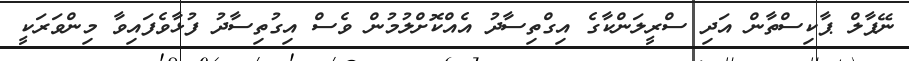
ނޭޕާލް ޕާކިސްތާން އަދި ސްރީލަންކާގެ އިގްތިސާދު އެއްކޮށްލުމުން ވެސް އިގުތިސާދު ފުޅާވެފައިވާ މިންވަރަކީ